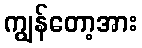
ကျွန်တော့အား